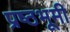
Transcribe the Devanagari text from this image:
प्रष्ठभूमी